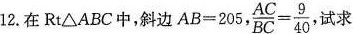
12.在Rt△ABC中，斜边$$A B = 2 0 5$$， $$\frac { A C } { B C } = \frac { 9 } { 4 0 }$$，试求